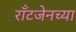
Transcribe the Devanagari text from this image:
राँटजेनच्या